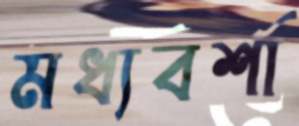
মধ্যবর্শা